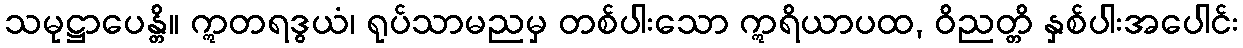
သမုဋ္ဌာပေန္တိ။ ဣတရဒွယံ၊ ရုပ်သာမညမှ တစ်ပါးသော ဣရိယာပထ, ဝိညတ္တိ နှစ်ပါးအပေါင်း